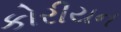
કોરીયન